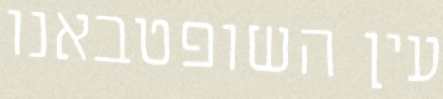
עין השופטבאנו